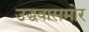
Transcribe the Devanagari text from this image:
उद्धवासमोर